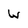
Character: w